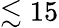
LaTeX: \lesssim 15